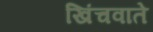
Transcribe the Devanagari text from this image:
खिंचवाते